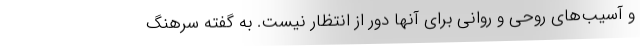
و آسیب‌های روحی و روانی برای آنها دور از انتظار نیست. به گفته سرهنگ